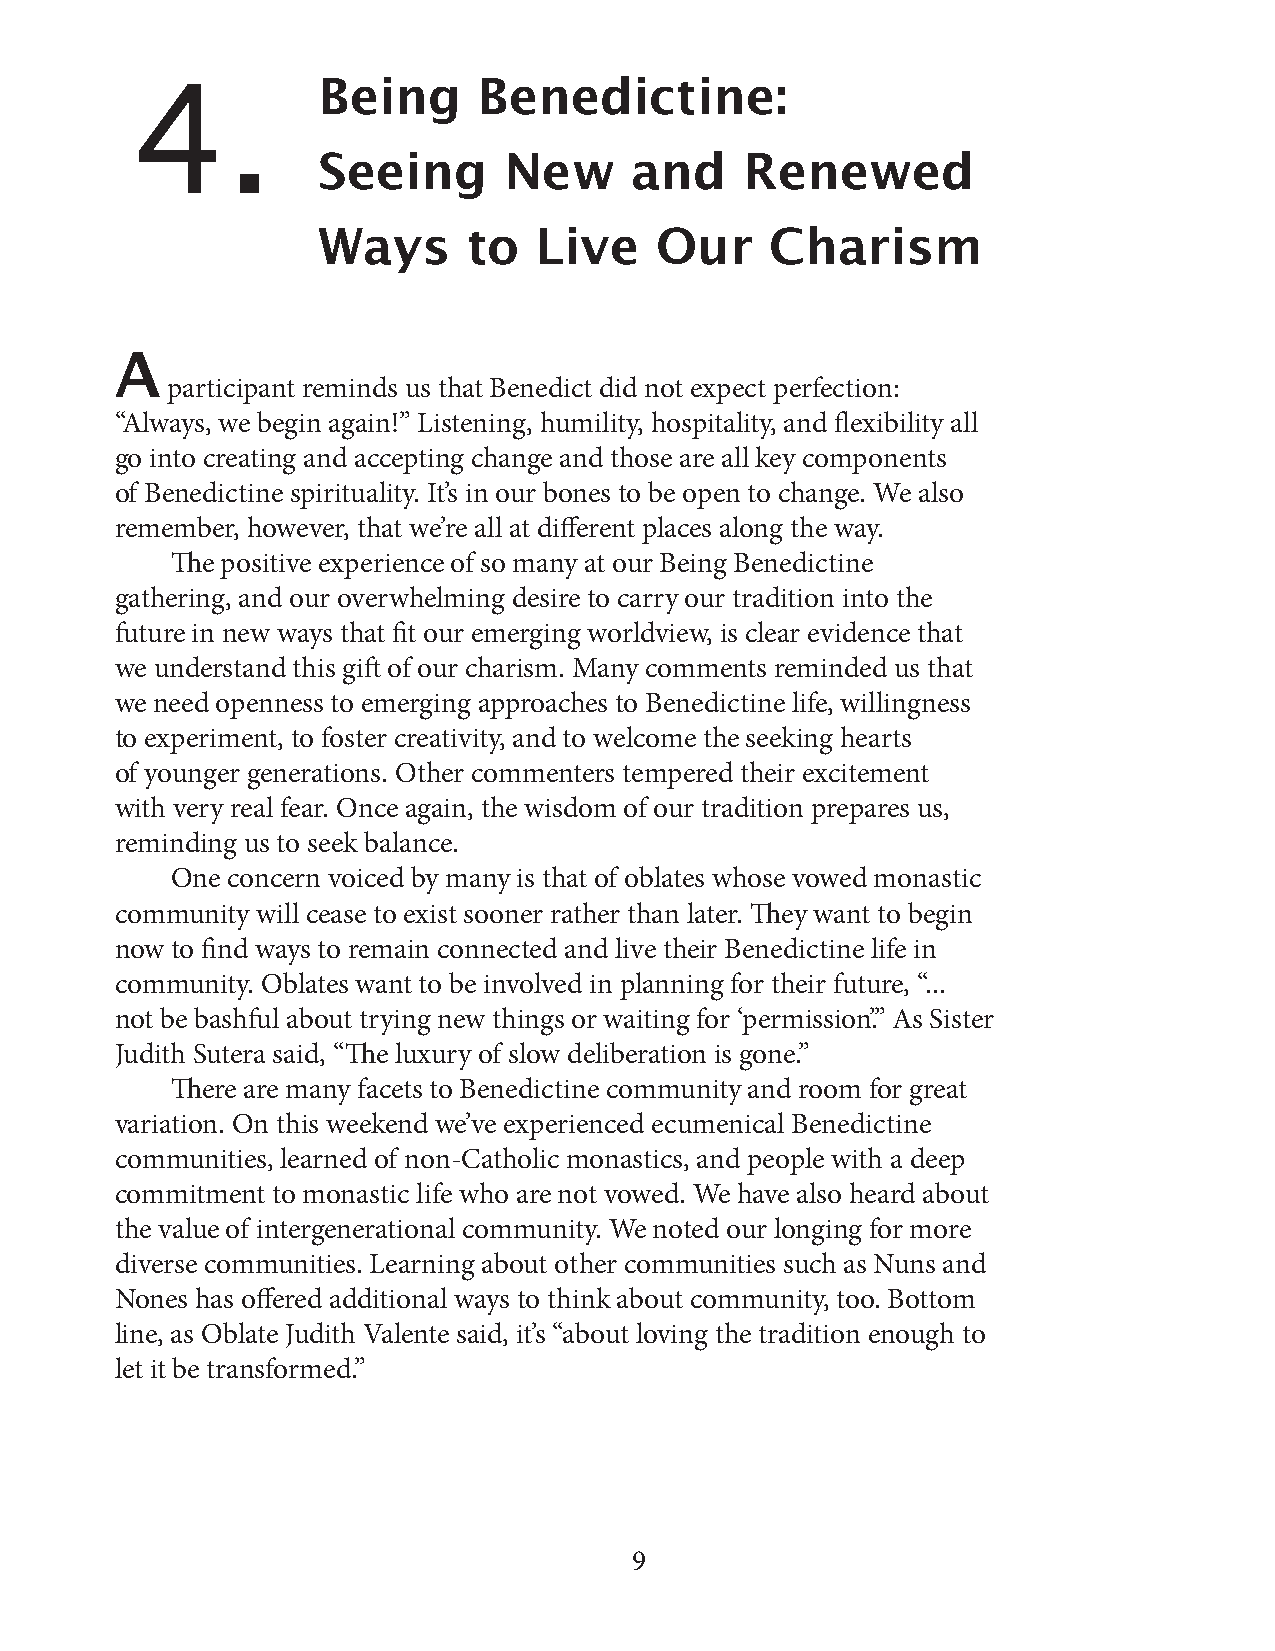
Being      Benedictine:
 4.
 Seeing      New      and    Renewed
 Ways      to  Live    Our     Charism
 A
 participant reminds us that Benedict did not expect perfection:
 “Always, we begin again!” Listening, humility, hospitality, and flexibility all
 go into creating and accepting change and those are all key components
 of Benedictine spirituality. It’s in our bones to be open to change. We also
 remember, however, that we’re all at different places along the way.
 The positive experience of so many at our Being Benedictine
 gathering, and our overwhelming desire to carry our tradition into the
 future in new ways that fit our emerging worldview, is clear evidence that
 we understand this gift of our charism. Many comments reminded us that
 we need openness to emerging approaches to Benedictine life, willingness
 to experiment, to foster creativity, and to welcome the seeking hearts
 of younger generations. Other commenters tempered their excitement
 with very real fear. Once again, the wisdom of our tradition prepares us,
 reminding us to seek balance.
 One concern voiced by many is that of oblates whose vowed monastic
 community will cease to exist sooner rather than later. They want to begin
 now to find ways to remain connected and live their Benedictine life in
 community. Oblates want to be involved in planning for their future, “...
 not be bashful about trying new things or waiting for ‘permission’.” As Sister
 Judith Sutera said, “The luxury of slow deliberation is gone.”
 There are many facets to Benedictine community and room for great
 variation. On this weekend we’ve experienced ecumenical Benedictine
 communities, learned of non-Catholic monastics, and people with a deep
 commitment to monastic life who are not vowed. We have also heard about
 the value of intergenerational community. We noted our longing for more
 diverse communities. Learning about other communities such as Nuns and
 Nones has offered additional ways to think about community, too. Bottom
 line, as Oblate Judith Valente said, it’s “about loving the tradition enough to
 let it be transformed.”
 9